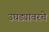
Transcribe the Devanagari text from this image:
उघड्यावरचे